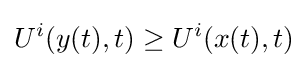
U^{i}(y(t),t)\geq U^{i}(x(t),t)